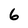
Character: 6